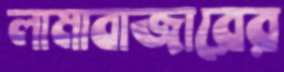
লামাবাজারের